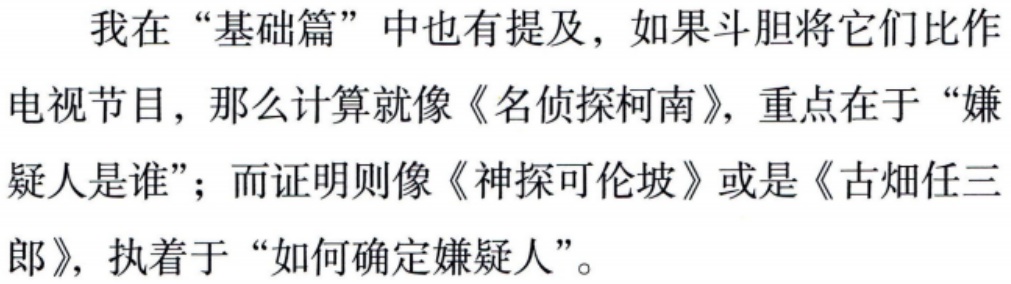
我在“基础篇”中也有提及，如果斗胆将它们比作

电视节目，那么计算就像《名侦探柯南》，重点在于“嫌

疑人是谁”；而证明则像《神探可伦坡》或是《古畑任三

郎》，执着于“如何确定嫌疑人”。